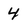
Character: 4